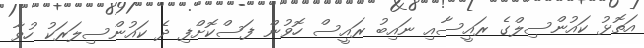
އަތޮޅު ކައުންސިލްގެ ރައީސާއި ނައިބު ރައީސް ހޮވުން ފަސްކޮށްފި ދެ ކައުންސިލަރަކު ހުވާ